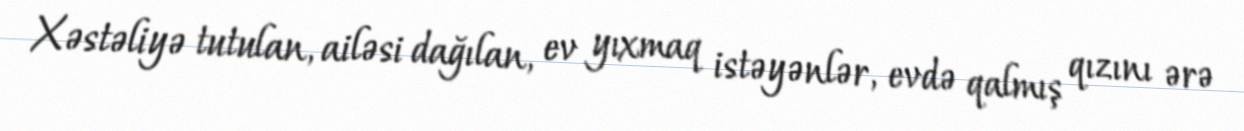
Xəstəliyə tutulan, ailəsi dağılan, ev yıxmaq istəyənlər, evdə qalmış qızını ərə